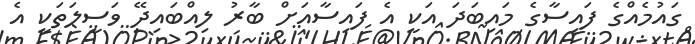
ގައުމެއްގެ ފައިސާގެ މައިބަދަ އަކީ އެ ފައިސާއަށް ބާރު ލިއްބައިދޭ ވަސީލަތަކީ އެ